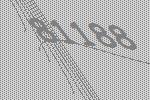
81188